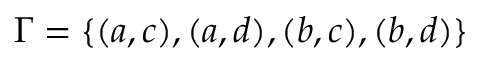
\boldsymbol { \Gamma } = \{ ( a , c ) , ( a , d ) , ( b , c ) , ( b , d ) \}